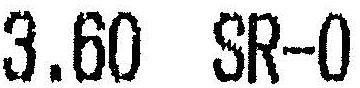
3.60 SR-0